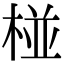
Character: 椪